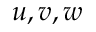
u , v , w